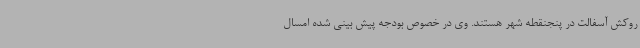
روکش آسفالت در پنجنقطه شهر هستند. وی در خصوص بودجه پیش بینی شده امسال